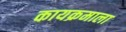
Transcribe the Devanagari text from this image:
कायक्रमाला